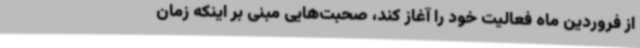
از فروردین ماه فعالیت خود را آغاز کند، صحبت‌هایی مبنی بر اینکه زمان